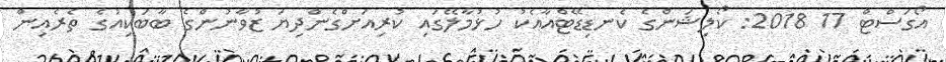
އޯގަސްޓް 17 2018: ކޯލިޝަންގެ ކެނޑިޑޭޓްއާއެކު ހުޅުމާލޭގައި ކުރިއަށްގެންދިޔަ ޒުވާނުންގެ ބާބަކިއުގެ ތެރެއިން